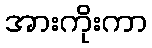
အားကိုးကာ